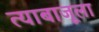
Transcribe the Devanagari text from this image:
त्याबाजूला